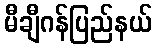
မီချီဂန်ပြည်နယ်